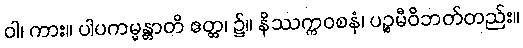
ဝါ၊ ကား။ ပါပကမ္မန္တာတိ ဧတ္ထ၊ ၌။ နိဿက္ကဝစနံ၊ ပဉ္စမီဝိဘတ်တည်း။